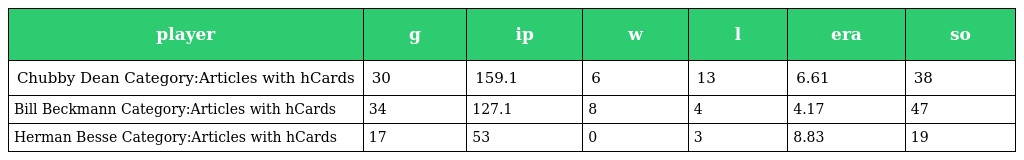
| player | g | ip | w | l | era | so |
 | --- | --- | --- | --- | --- | --- | --- |
 | Chubby Dean Category:Articles with hCards | 30 | 159.1 | 6 | 13 | 6.61 | 38 |
 | Bill Beckmann Category:Articles with hCards | 34 | 127.1 | 8 | 4 | 4.17 | 47 |
 | Herman Besse Category:Articles with hCards | 17 | 53 | 0 | 3 | 8.83 | 19 |